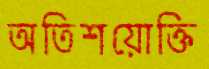
অতিশয়োক্তি